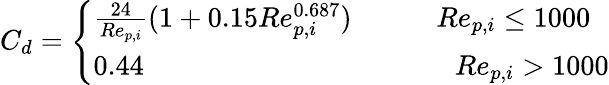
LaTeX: C_{d}=\left\{ \begin{array}{ll}{\frac{24}{Re_{p,i}}(1+0.15Re_{p,i}^{0.687})\quad\quad\quad Re_{p,i}\le 1000}\\ {0.44\quad\quad\quad\quad\quad\quad\quad\quad\quad\quad\quad Re_{p,i}>1000}\end{array}\right.